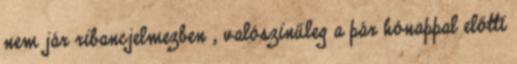
nem jár ribancjelmezben , valószinűleg a pár hónappal előtti